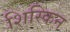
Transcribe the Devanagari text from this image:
शिस्किन